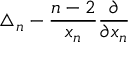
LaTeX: \triangle _ { n } - { \frac { n - 2 } { x _ { n } } } { \frac { \partial } { \partial x _ { n } } }